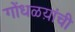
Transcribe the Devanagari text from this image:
गोंधळय़ांची